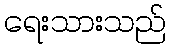
ရေးသားသည်